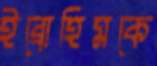
ইব্রোহিমকে